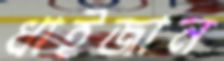
ধাইজান